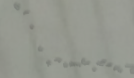
صيدلية الأمل تقدم خدمات ط